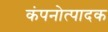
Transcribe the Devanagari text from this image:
कंपनोत्पादक